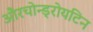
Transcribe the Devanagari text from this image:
औरचोन्ड्रोयटिन